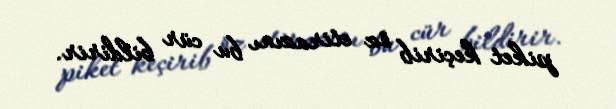
piket keçirib öz etirazını bu cür bildirir.